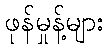
ဖုန်မှုန့်များ